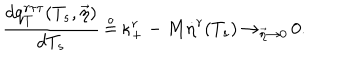
{ \frac { d q _ { T } ^ { r \tau \tau } ( T _ { s } , \vec { \eta } ) } { d T _ { s } } } \, { \frac { \buildrel \circ } { = } } \, \kappa _ { + } ^ { r } - M { \dot { \eta } } ^ { r } ( T _ { s } ) \, { \rightarrow } _ { \vec { \eta } \rightarrow 0 } \, 0 .